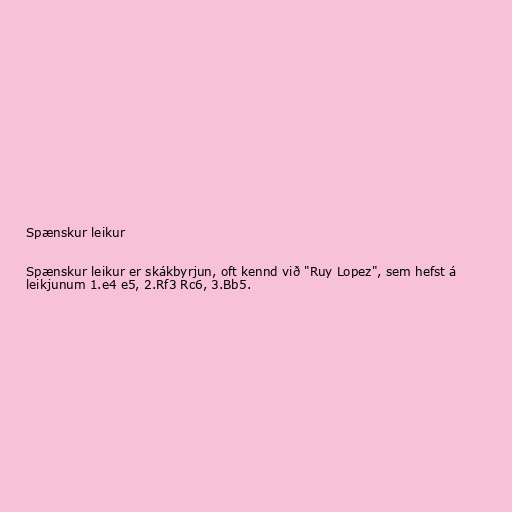
Spænskur leikur

Spænskur leikur er skákbyrjun, oft kennd við "Ruy Lopez", sem hefst á
leikjunum 1.e4 e5, 2.Rf3 Rc6, 3.Bb5.